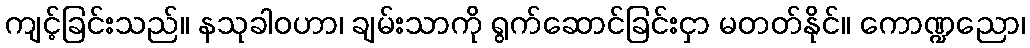
ကျင့်ခြင်းသည်။ နသုခါဝဟာ၊ ချမ်းသာကို ရွက်ဆောင်ခြင်းငှာ မတတ်နိုင်။ ကောဏ္ဍညော၊